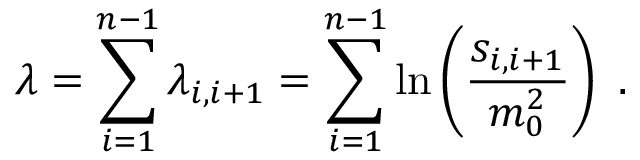
\lambda = \sum _ { i = 1 } ^ { n - 1 } \lambda _ { i , i + 1 } = \sum _ { i = 1 } ^ { n - 1 } \ln \left( \frac { s _ { i , i + 1 } } { m _ { 0 } ^ { 2 } } \right) ~ .